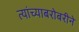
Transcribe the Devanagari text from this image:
त्यांच्याबरोबरीने